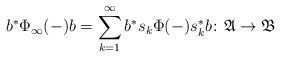
LaTeX: \begin{align*}b^\ast \Phi_\infty(-) b = \sum_{k=1}^\infty b^\ast s_k \Phi(-) s_k^\ast b \colon \mathfrak A \to \mathfrak B\end{align*}